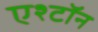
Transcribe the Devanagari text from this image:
एश्टॉन